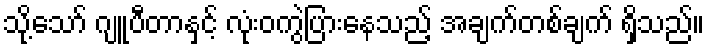
သို့သော် ဂျူပီတာနှင့် လုံးဝကွဲပြားနေသည့် အချက်တစ်ချက် ရှိသည်။